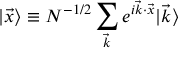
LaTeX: | \vec { x } \rangle \equiv N ^ { - 1 / 2 } \sum _ { \vec { k } } e ^ { i \vec { k } \cdot \vec { x } } | \vec { k } \rangle